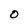
Character: O